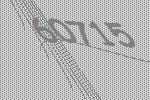
60715